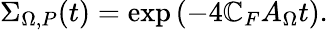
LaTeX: \Sigma_{\Omega,P}(t)=\exp\left(-4\mathbb{C}_{F}A_{\Omega}t\right).